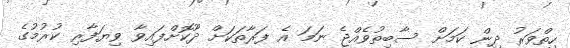
ހިތްވަރު ދިން ކަމަށް ސާބިތުވެއްޖެ ނަމަ އެ ފަރާތަކަށް ދޫކޮށްފައިވާ ވިޔަފާރި ކުރުމުގެ